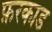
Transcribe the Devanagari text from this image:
फ़रकाड